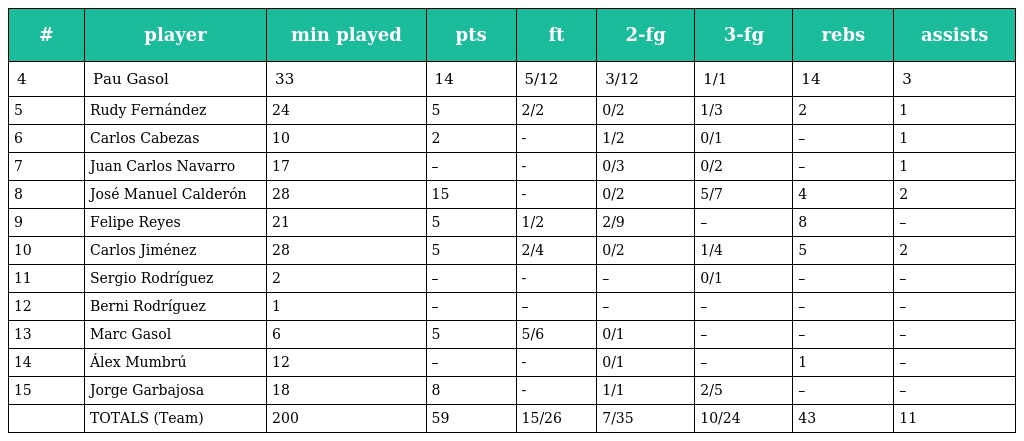
| # | player | min played | pts | ft | 2-fg | 3-fg | rebs | assists |
 | --- | --- | --- | --- | --- | --- | --- | --- | --- |
 | 4 | Pau Gasol | 33 | 14 | 5/12 | 3/12 | 1/1 | 14 | 3 |
 | 5 | Rudy Fernández | 24 | 5 | 2/2 | 0/2 | 1/3 | 2 | 1 |
 | 6 | Carlos Cabezas | 10 | 2 | - | 1/2 | 0/1 | – | 1 |
 | 7 | Juan Carlos Navarro | 17 | – | - | 0/3 | 0/2 | – | 1 |
 | 8 | José Manuel Calderón | 28 | 15 | - | 0/2 | 5/7 | 4 | 2 |
 | 9 | Felipe Reyes | 21 | 5 | 1/2 | 2/9 | – | 8 | – |
 | 10 | Carlos Jiménez | 28 | 5 | 2/4 | 0/2 | 1/4 | 5 | 2 |
 | 11 | Sergio Rodríguez | 2 | – | - | – | 0/1 | – | – |
 | 12 | Berni Rodríguez | 1 | – | – | – | – | – | – |
 | 13 | Marc Gasol | 6 | 5 | 5/6 | 0/1 | – | – | – |
 | 14 | Álex Mumbrú | 12 | – | - | 0/1 | – | 1 | – |
 | 15 | Jorge Garbajosa | 18 | 8 | - | 1/1 | 2/5 | – | – |
 |  | TOTALS (Team) | 200 | 59 | 15/26 | 7/35 | 10/24 | 43 | 11 |